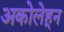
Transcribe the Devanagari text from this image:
अकोलेहून